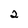
Character: 2